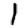
Digit: 1